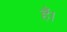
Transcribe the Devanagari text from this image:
हैं।